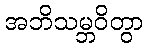
အဘိသမ္ဘဝိတွာ